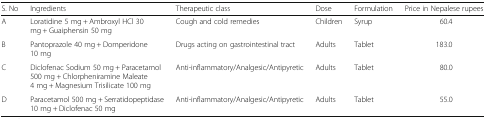
<table><thead><tr><td><b>S. No</b></td><td><b>Ingredients</b></td><td><b>Therapeutic class</b></td><td><b>Dose</b></td><td><b>Formulation</b></td><td><b>Price in Nepalese rupees</b></td></tr></thead><tbody><tr><td>A</td><td>Loratidine 5 mg + Ambroxyl HCl 30mg + Guaiphensin 50 mg</td><td>Cough and cold remedies</td><td>Children</td><td>Syrup</td><td>60.4</td></tr><tr><td>B</td><td>Pantoprazole 40 mg + Domperidone10 mg</td><td>Drugs acting on gastrointestinal tract</td><td>Adults</td><td>Tablet</td><td>183.0</td></tr><tr><td>C</td><td>Diclofenac Sodium 50 mg + Paracetamol500 mg + Chlorpheniramine Maleate4 mg + Magnesium Trisilicate 100 mg</td><td>Anti-inflammatory/Analgesic/Antipyretic</td><td>Adults</td><td>Tablet</td><td>80.0</td></tr><tr><td>D</td><td>Paracetamol 500 mg + Serratidopeptidase10 mg + Diclofenac 50 mg</td><td>Anti-inflammatory/Analgesic/Antipyretic</td><td>Adults</td><td>Tablet</td><td>55.0</td></tr></tbody></table>